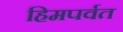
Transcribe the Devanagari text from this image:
हिमपर्वत